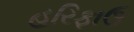
હરિફાઉ